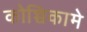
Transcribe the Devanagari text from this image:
कोच्चिकामे